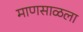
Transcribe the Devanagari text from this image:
माणसाळला